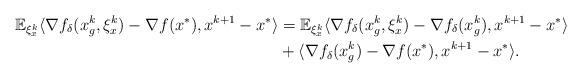
LaTeX: \begin{align*}\mathbb{E}_{\xi_x^k}\langle \nabla f_{\delta}(x_g^k, \xi_x^k) - \nabla f(x^*), x^{k+1} - x^* \rangle &= \mathbb{E}_{\xi_x^k}\langle \nabla f_{\delta}(x_g^k, \xi_x^k) - \nabla f_{\delta}(x_g^k), x^{k+1} - x^* \rangle \\&+ \langle \nabla f_{\delta}(x_g^k) - \nabla f(x^*), x^{k+1} - x^* \rangle.\end{align*}